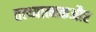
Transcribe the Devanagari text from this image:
तत्थ्यात्मकऔर